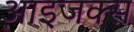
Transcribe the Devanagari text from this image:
आइजक्स